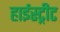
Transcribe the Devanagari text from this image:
हाईस्ट्रीट